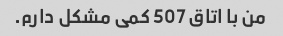
من با اتاق 507 کمی مشکل دارم.